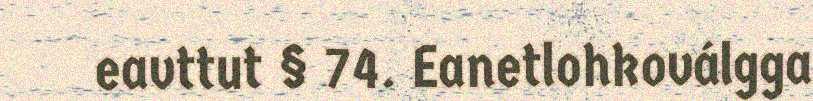
eavttut § 74. Eanetlohkoválgga